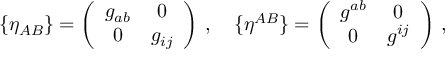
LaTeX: \{ \eta _ { A B } \} = \left( \begin{array} { c c } { { g _ { a b } } } & { { 0 } } \\ { { 0 } } & { { g _ { i j } } } \end{array} \right) \, , \quad \{ \eta ^ { A B } \} = \left( \begin{array} { c c } { { g ^ { a b } } } & { { 0 } } \\ { { 0 } } & { { g ^ { i j } } } \end{array} \right) \, ,